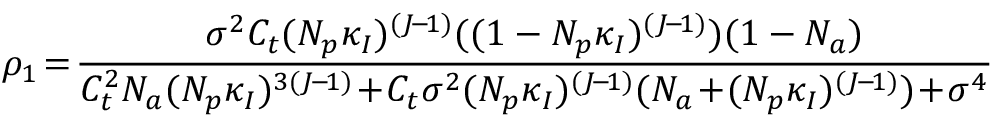
\rho _ { 1 } \! = \! \frac { \sigma ^ { 2 } C _ { t } ( N _ { p } \kappa _ { I } ) ^ { ( J \! - \! 1 ) } ( ( 1 - N _ { p } \kappa _ { I } ) ^ { ( J \! - \! 1 ) } ) ( 1 - N _ { a } ) } { C _ { t } ^ { 2 } N _ { a } ( N _ { p } \kappa _ { I } ) ^ { 3 ( J \! - \! 1 ) } \! + \! C _ { t } \sigma ^ { 2 } ( N _ { p } \kappa _ { I } ) ^ { ( J \! - \! 1 ) } ( N _ { a } \! + \! ( N _ { p } \kappa _ { I } ) ^ { ( J \! - \! 1 ) } ) \! + \! \sigma ^ { 4 } }